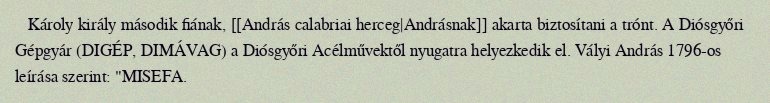
Károly király második fiának, [[András calabriai herceg|Andrásnak]] akarta biztosítani a trónt. A Diósgyőri Gépgyár (DIGÉP, DIMÁVAG) a Diósgyőri Acélművektől nyugatra helyezkedik el. Vályi András 1796-os leírása szerint: "MISEFA.